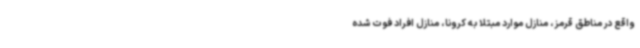
واقع در مناطق قرمز، منازل موارد مبتلا به کرونا، منازل افراد فوت شده